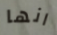
انها